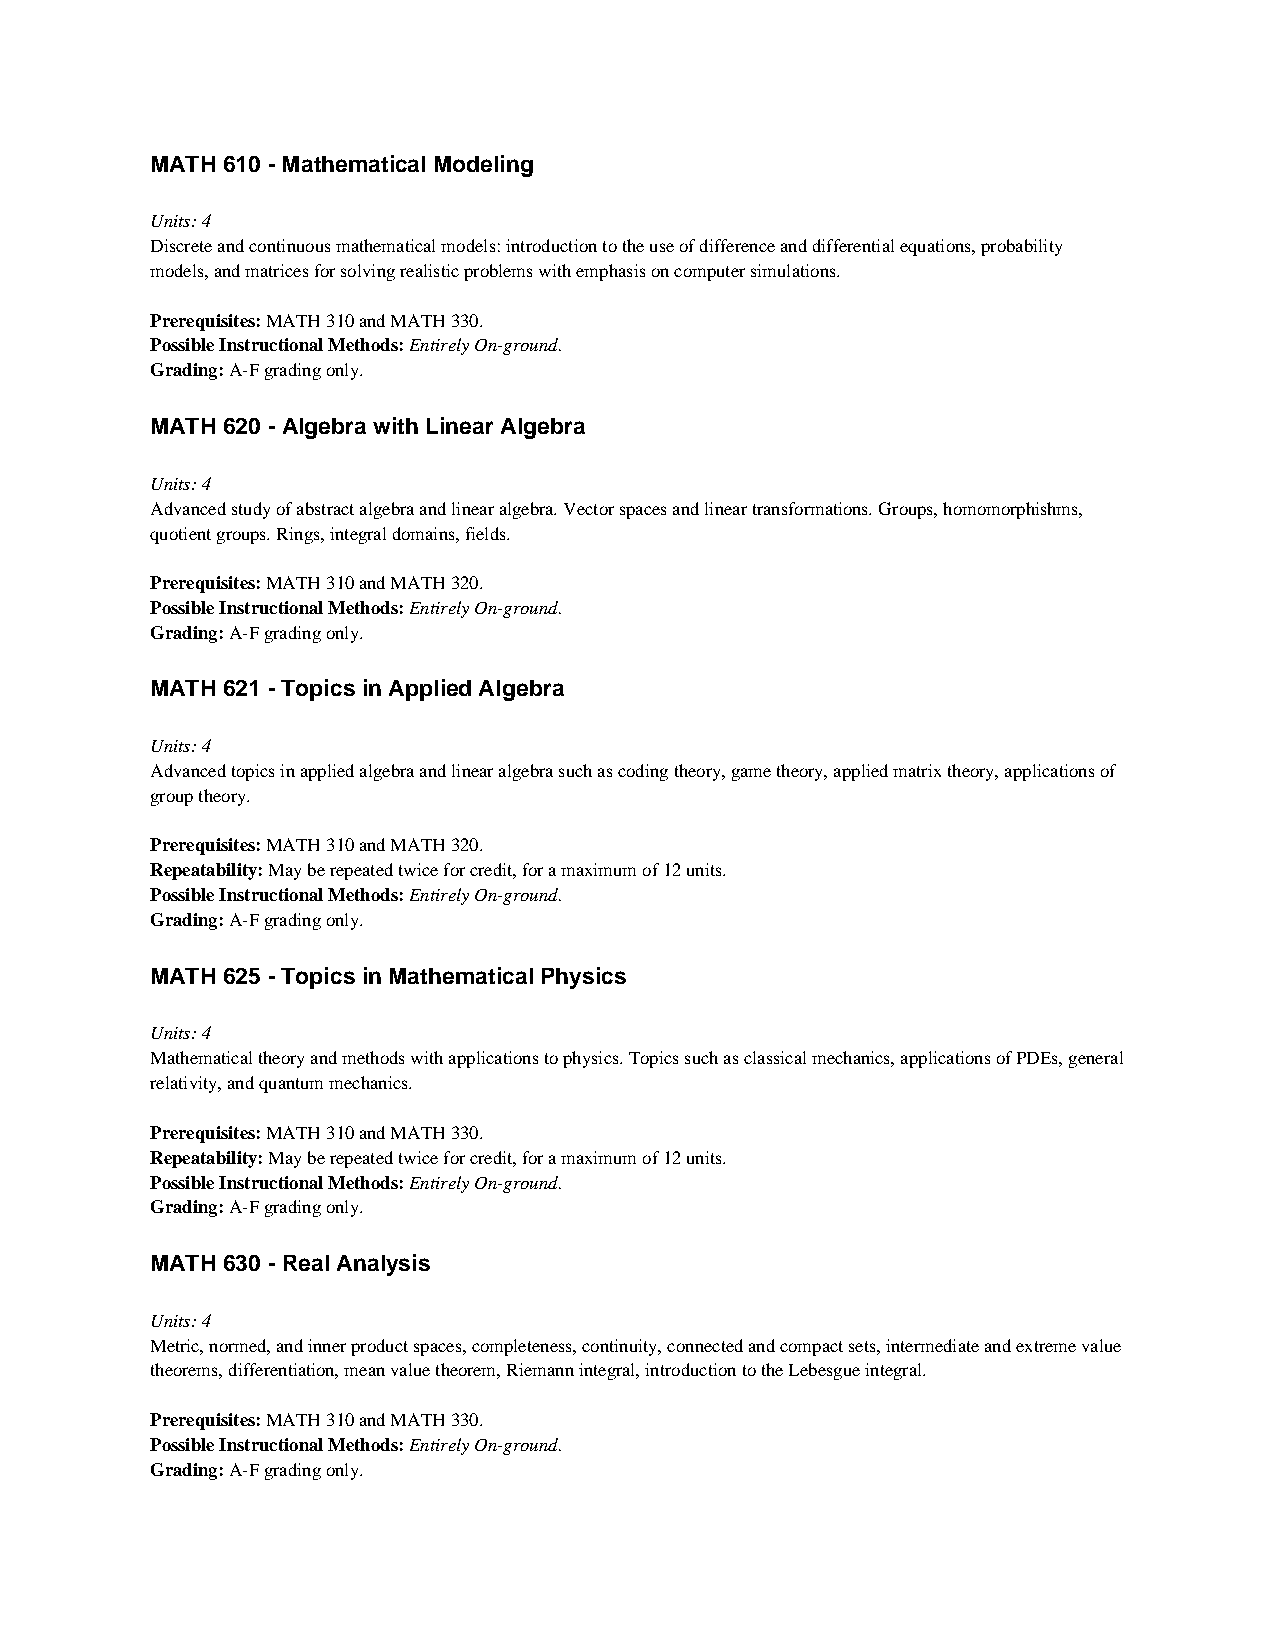
MATH 610 - Mathematical Modeling
 Units: 4
 Discrete and continuous mathematical models: introduction to the use of difference and differential equations, probability
 models, and matrices for solving realistic problems with emphasis on computer simulations.
 Prerequisites: MATH 310 and MATH 330.
 Possible Instructional Methods: Entirely On-ground.
 Grading: A-F grading only.
 MATH 620 - Algebra with Linear Algebra
 Units: 4
 Advanced study of abstract algebra and linear algebra. Vector spaces and linear transformations. Groups, homomorphishms,
 quotient groups. Rings, integral domains, fields.
 Prerequisites: MATH 310 and MATH 320.
 Possible Instructional Methods: Entirely On-ground.
 Grading: A-F grading only.
 MATH 621 - Topics in Applied Algebra
 Units: 4
 Advanced topics in applied algebra and linear algebra such as coding theory, game theory, applied matrix theory, applications of
 group theory.
 Prerequisites: MATH 310 and MATH 320.
 Repeatability: May be repeated twice for credit, for a maximum of 12 units.
 Possible Instructional Methods: Entirely On-ground.
 Grading: A-F grading only.
 MATH 625 - Topics in Mathematical Physics
 Units: 4
 Mathematical theory and methods with applications to physics. Topics such as classical mechanics, applications of PDEs, general
 relativity, and quantum mechanics.
 Prerequisites: MATH 310 and MATH 330.
 Repeatability: May be repeated twice for credit, for a maximum of 12 units.
 Possible Instructional Methods: Entirely On-ground.
 Grading: A-F grading only.
 MATH 630 - Real Analysis
 Units: 4
 Metric, normed, and inner product spaces, completeness, continuity, connected and compact sets, intermediate and extreme value
 theorems, differentiation, mean value theorem, Riemann integral, introduction to the Lebesgue integral.
 Prerequisites: MATH 310 and MATH 330.
 Possible Instructional Methods: Entirely On-ground.
 Grading: A-F grading only.